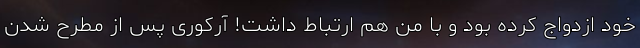
خود ازدواج کرده بود و با من هم ارتباط داشت! آرکوری پس از مطرح شدن